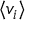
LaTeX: \langle v _ { i } \rangle